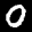
Label: 0